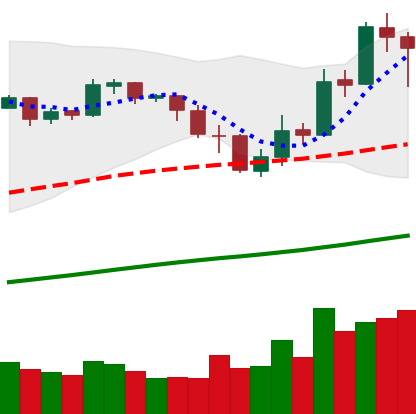
Ticker: BNB-USD
Chart end date: 2019-05-17
Forward return: 22.348%
Label: up_7plus